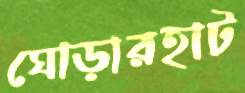
ঘোড়ারহাট